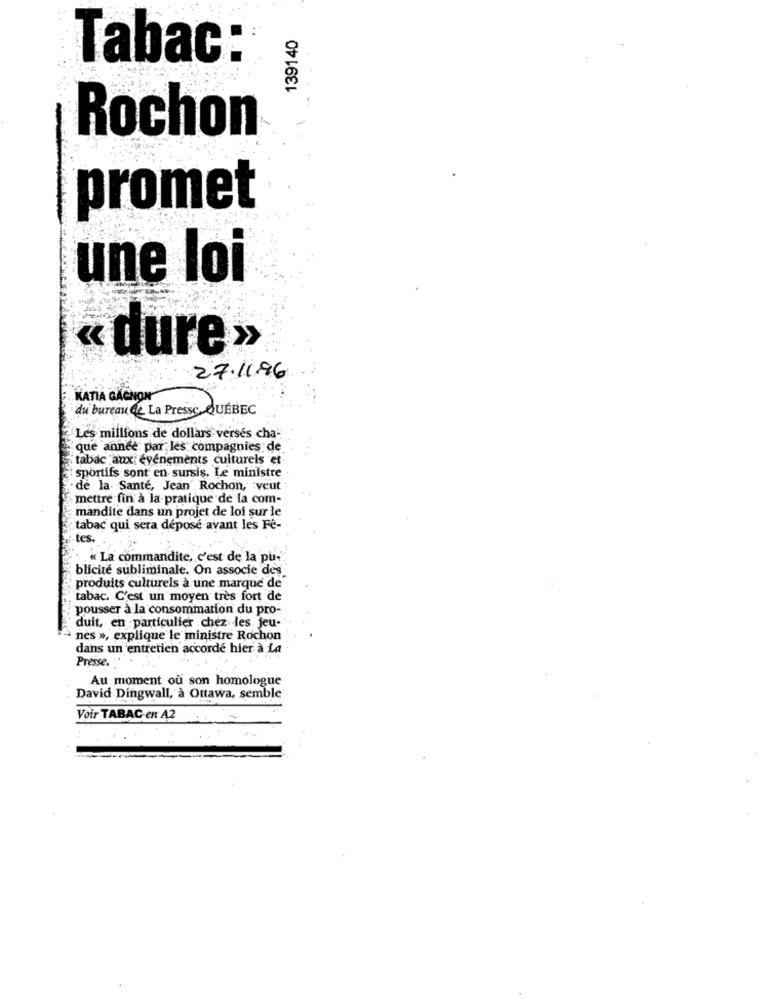
139140
Tabac:
Rochon
promet
une loi
« dure»
27.11.96
KATIA GAGNON
du bureau @e La Presse QUÉBEC
Les millions de dollars versés cha-
que année par les compagnies de
tabac aux événements culturels et
sportifs sont en sursis. Le ministre
. de la- Santé, Jean" Rochon, veut
mettre fin à la pratique de la com-
mandite dans un projet de loi sur le
tabac qui sera déposé avant les Fe-
tes.
« La commandite, c'est de la pu-
blicite subliminale. On associe des
"produits culturels à une marque de
tabac. C'est un moyen très fort de
pousser à la consommation du pro-
duit, en particulier .chez les, jeu-
nes », explique le ministre Rochon
dans un entretien accordé hier à La
Presse.
Au moment où son homologue
David Dingwall, à Ottawa, semble
Voir TABAC en 42